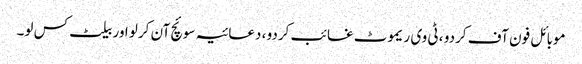
موبائل فون آف کردو ، ٹی وی ریموٹ غائب کردو ، دعائیہ سوئچ آن کرلو اور بیلٹ کس لو۔